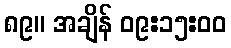
၈၉။ အချိန် ၀၉:၁၅:၀၀